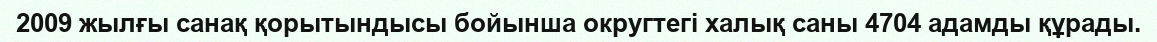
2009 жылғы санақ қорытындысы бойынша округтегі халық саны 4704 адамды құрады.